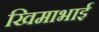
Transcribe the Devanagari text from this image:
खिमाभाई